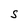
Character: S